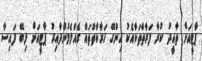
ޕާޓީއަށް ތާއީދު ކުރާ ފަރާތްތަކާއެކު ހިންގޭ ހަރާކާތްތައް ގެއްލެމުންދާއިރު ޕާޓީއަށް ލިބޭ ފައިސާ